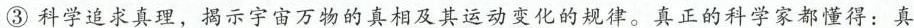
③科学追求真理，揭示宇宙万物的真相及其运动变化的规律。真正的科学家都懂得：真